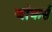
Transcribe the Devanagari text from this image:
जांकर्स